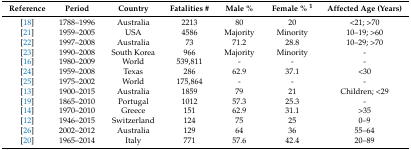
<table><thead><tr><td><b>Reference</b></td><td><b>Period</b></td><td><b>Country</b></td><td><b>Fatalities #</b></td><td><b>Male %</b></td><td><b>Female % <sup>1</sup></b></td><td><b>Affected Age (Years)</b></td></tr></thead><tbody><tr><td>[18]</td><td>1788–1996</td><td>Australia</td><td>2213</td><td>80</td><td>20</td><td>&lt;21; &gt;70</td></tr><tr><td>[21]</td><td>1959–2005</td><td>USA</td><td>4586</td><td>Majority</td><td>Minority</td><td>10–19; &gt;60</td></tr><tr><td>[22]</td><td>1997–2008</td><td>Australia</td><td>73</td><td>71.2</td><td>28.8</td><td>10–29; &gt;70</td></tr><tr><td>[23]</td><td>1990–2008</td><td>South Korea</td><td>966</td><td>Majority</td><td>Minority</td><td>-</td></tr><tr><td>[16]</td><td>1980–2009</td><td>World</td><td>539,811</td><td>-</td><td>-</td><td>-</td></tr><tr><td>[24]</td><td>1959–2008</td><td>Texas</td><td>286</td><td>62.9</td><td>37.1</td><td>&lt;30</td></tr><tr><td>[25]</td><td>1975–2002</td><td>World</td><td>175,864</td><td>-</td><td>-</td><td>-</td></tr><tr><td>[13]</td><td>1900–2015</td><td>Australia</td><td>1859</td><td>79</td><td>21</td><td>Children; &lt;29</td></tr><tr><td>[19]</td><td>1865–2010</td><td>Portugal</td><td>1012</td><td>57.3</td><td>25.3</td><td>-</td></tr><tr><td>[14]</td><td>1970–2010</td><td>Greece</td><td>151</td><td>62.9</td><td>31.1</td><td>&gt;35</td></tr><tr><td>[12]</td><td>1946–2015</td><td>Switzerland</td><td>124</td><td>75</td><td>25</td><td>0–9</td></tr><tr><td>[26]</td><td>2002–2012</td><td>Australia</td><td>129</td><td>64</td><td>36</td><td>55–64</td></tr><tr><td>[20]</td><td>1965–2014</td><td>Italy</td><td>771</td><td>57.6</td><td>42.4</td><td>20–89</td></tr></tbody></table>